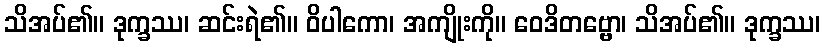
သိအပ်၏။ ဒုက္ခဿ၊ ဆင်းရဲ၏။ ဝိပါကော၊ အကျိုးကို။ ဝေဒိတဗ္ဗော၊ သိအပ်၏။ ဒုက္ခဿ၊